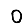
Digit: 0